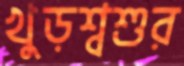
খুড়শ্বশুর